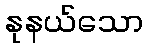
နုနယ်သော